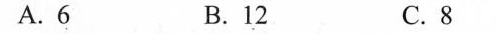
A.6 B.12 C.8